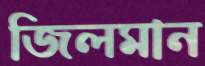
জিলমান